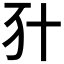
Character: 𠦇